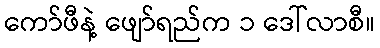
ကော်ဖီနဲ့ ဖျော်ရည်က ၁ ဒေါ်လာစီ။